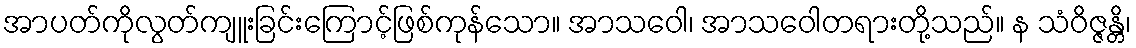
အာပတ်ကိုလွတ်ကျူးခြင်းကြောင့်ဖြစ်ကုန်သော။ အာသဝေါ၊ အာသဝေါတရားတို့သည်။ န သံဝိဇ္ဇန္တိ၊